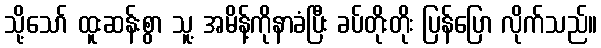
သို့သော် ထူးဆန်းစွာ သူ့ အမိန့်ကိုနာခံပြီး ခပ်တိုးတိုး ပြန်ပြော လိုက်သည်။